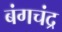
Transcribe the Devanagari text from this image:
बंगचंद्र